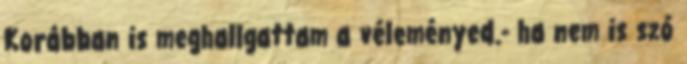
Korábban is meghallgattam a véleményed.- ha nem is szó